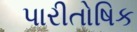
પારીતોષિક